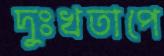
দুঃখতাপে